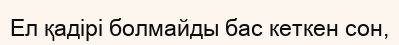
Ел қадірі болмайды бас кеткен сон,